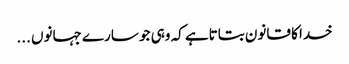
خدا کا قانون بتاتاہے کہ وہی جو سارے جہانوں ...